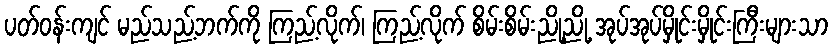
ပတ်ဝန်းကျင် မည်သည့်ဘက်ကို ကြည့်လိုက်၊ ကြည့်လိုက် စိမ်းစိမ်းညို့ညို့ အုပ်အုပ်မှိုင်းမှိုင်းကြီးများသာ